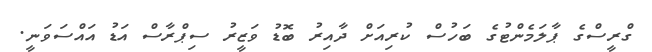
ގްރީސްގެ ޕާލަމެންޓުގެ ބަހުސް ކުރިއަށް ދާއިރު ބޮޑު ވަޒީރު ސިޕްރާސް އަޑު އައްސަވަނީ.